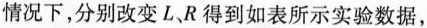
情况下，分别改变L、R得到如表所示实验数据，